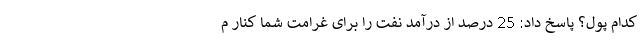
کدام پول؟ پاسخ داد: 25 درصد از درآمد نفت را برای غرامت شما کنار م